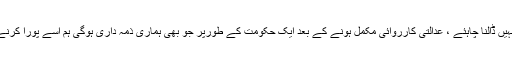
سیاسی نقطہ نظر سے اس پر دباؤ نہیں ڈالنا چاہئے ، عدالتی کارروائی مکمل ہونے کے بعد ایک حکومت کے طورپر جو بھی ہماری ذمہ داری ہوگی ہم اسے پورا کرنے کے لئے تمام کوششیں کریں گے۔